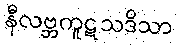
နီလဗ္ဘကူဋသဒိသာ